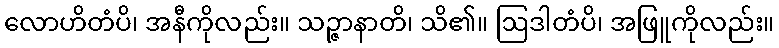
လောဟိတံပိ၊ အနီကိုလည်း။ သဉ္ဇာနာတိ၊ သိ၏။ ဩဒါတံပိ၊ အဖြူကိုလည်း။